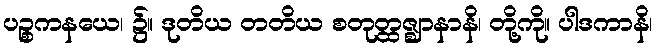
ပဉ္စကနယေ၊ ၌။ ဒုတိယ တတိယ စတုတ္ထဇ္ဈာနာနိ၊ တို့ကို။ ပါဒကာနိ၊